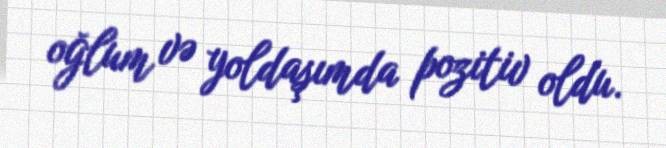
oğlum və yoldaşımda pozitiv oldu.